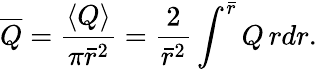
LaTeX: \overline{{Q}}={\frac{\langle Q\rangle}{\pi\bar{r}^{2}}}={\frac{2}{\bar{r}^{2}}}\int^{\bar{r}}Q\, rdr.